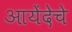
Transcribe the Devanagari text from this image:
आयेंदेचे